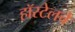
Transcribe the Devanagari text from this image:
हॉस्टेलचे